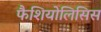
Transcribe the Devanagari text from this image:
फैशियोलिसिस